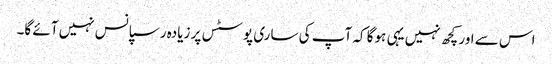
اس سے اور کچھ نہیں یہی ہوگا کہ آپ کی ساری پوسٹس پر زیادہ رسپانس نہیں آئے گا۔